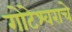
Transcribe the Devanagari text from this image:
गोटेश्वराचे